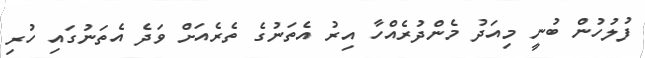
ފުލުހުން ބުނީ މިއަދު މެންދުރެއްހާ އިރު އެތަނުގެ ތެރެއަށް ވަދެ އެތަނުގައި ހުރި